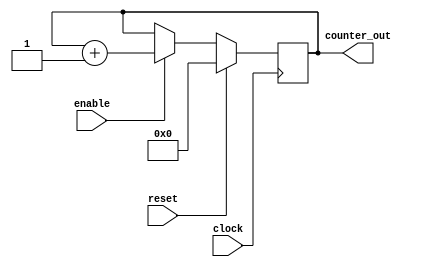
module first_counter (
clock , 
reset , 
enable , 
counter_out 
); 
input clock ;
input reset ;
input enable ;
output [3:0] counter_out ;
wire clock ;
wire reset ;
wire enable ;
reg [3:0] counter_out ;
always @ (posedge clock)
begin : COUNTER 
  if (reset == 1'b1) begin
    counter_out <= 4'b0000;
  end
  else if (enable == 1'b1) begin
    counter_out <= counter_out + 1;
  end
end 
endmodule